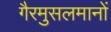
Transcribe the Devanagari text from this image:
गैरमुसलमानों